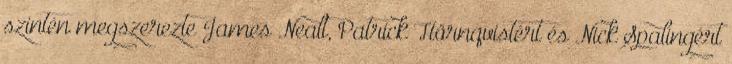
szintén megszerezte James Nealt, Patrick Hörnqvistért és Nick Spalingért